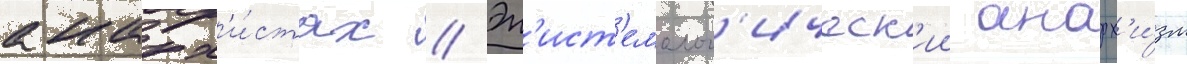
анарх'и́стах // Эп'ист'емолог'ическ'ии анарх'и́зм